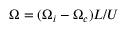
\Omega = ( \Omega _ { i } - \Omega _ { c } ) L / U